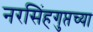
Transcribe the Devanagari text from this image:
नरसिंहगुप्तच्या